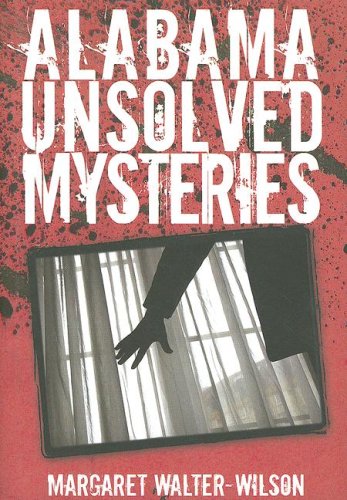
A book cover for Alabama Unsolved Mysteries; Margaret Walter-Wilson; Travel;